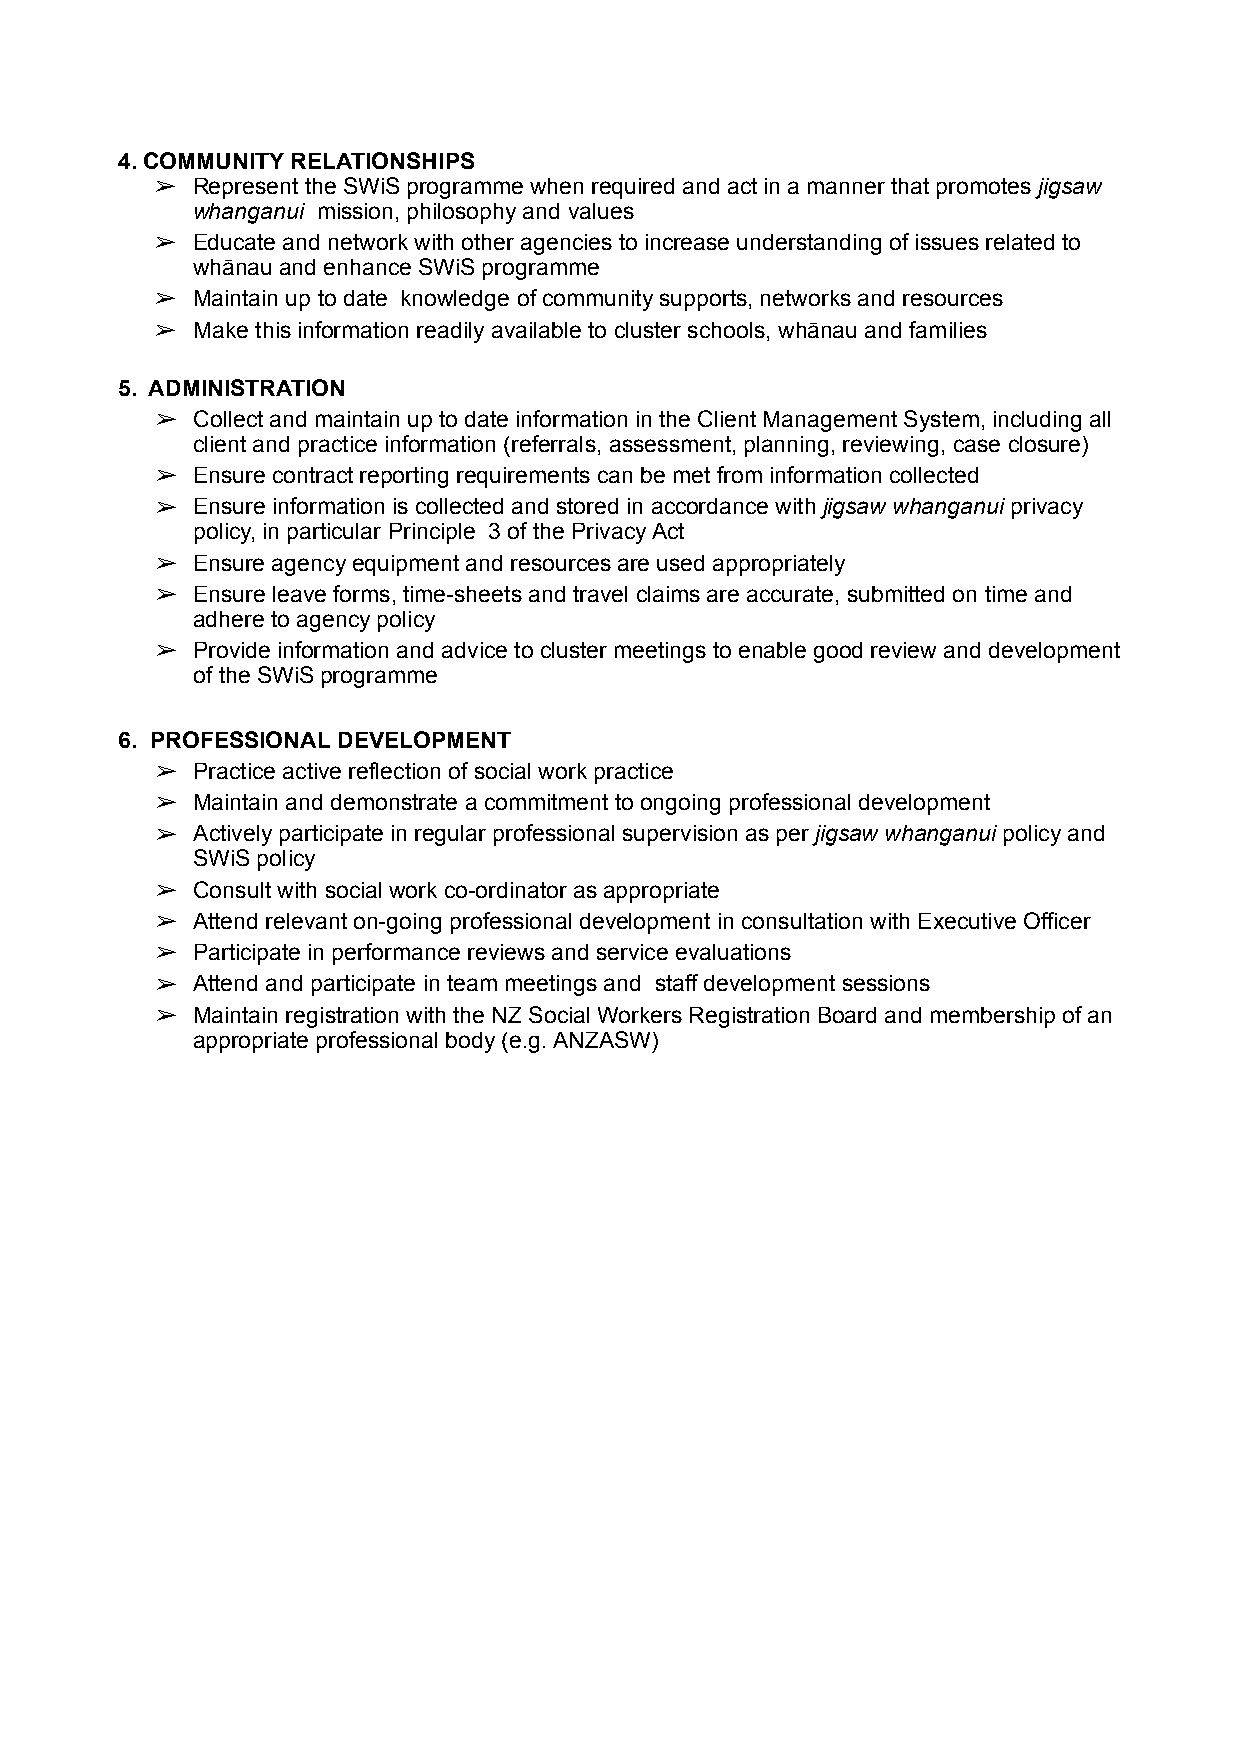
4. COMMUNITY RELATIONSHIPS
 ➢  Represent the SWiS programme when required and act in a manner that promotes jigsaw
 whanganui mission, philosophy and values
 ➢  Educate and network with other agencies to increase understanding of issues related to
 whānau and enhance SWiS programme
 ➢  Maintain up to date knowledge of community supports, networks and resources
 ➢  Make this information readily available to cluster schools, whānau and families
 5. ADMINISTRATION
 ➢  Collect and maintain up to date information in the Client Management System, including all
 client and practice information (referrals, assessment, planning, reviewing, case closure)
 ➢  Ensure contract reporting requirements can be met from information collected
 ➢  Ensure information is collected and stored in accordance with jigsaw whanganui privacy
 policy, in particular Principle 3 of the Privacy Act
 ➢  Ensure agency equipment and resources are used appropriately
 ➢  Ensure leave forms, time-sheets and travel claims are accurate, submitted on time and
 adhere to agency policy
 ➢  Provide information and advice to cluster meetings to enable good review and development
 of the SWiS programme
 6. PROFESSIONAL DEVELOPMENT
 ➢  Practice active reflection of social work practice
 ➢  Maintain and demonstrate a commitment to ongoing professional development
 ➢  Actively participate in regular professional supervision as per jigsaw whanganui policy and
 SWiS policy
 ➢  Consult with social work co-ordinator as appropriate
 ➢  Attend relevant on-going professional development in consultation with Executive Officer
 ➢  Participate in performance reviews and service evaluations
 ➢  Attend and participate in team meetings and staff development sessions
 ➢  Maintain registration with the NZ Social Workers Registration Board and membership of an
 appropriate professional body (e.g. ANZASW)